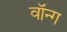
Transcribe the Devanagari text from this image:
वॉन्ग